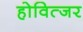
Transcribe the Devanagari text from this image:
होवित्जर